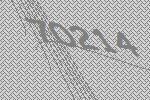
70214